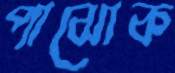
পাঝোক